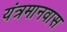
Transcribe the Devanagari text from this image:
यंत्रमानवास